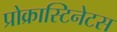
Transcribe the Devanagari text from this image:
प्रोक्रास्टिनेटस